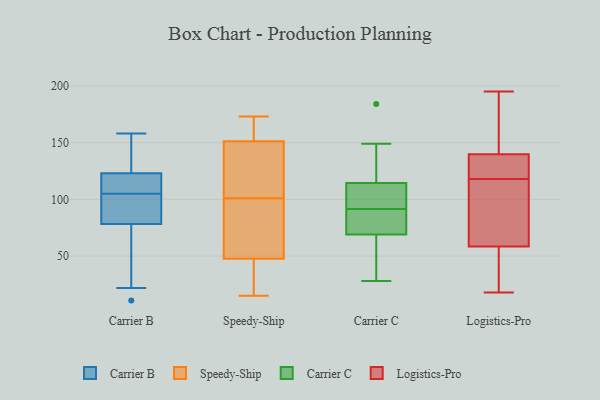
{"axis": {"x": "Conversion Rate (%)", "y": "Value"}, "legend": ["Carrier B", "Carrier C", "Logistics-Pro", "Speedy-Ship"], "data": [{"x": "", "y": 103, "type": "Carrier B"}, {"x": "", "y": 96, "type": "Carrier B"}, {"x": "", "y": 155, "type": "Carrier B"}, {"x": "", "y": 89, "type": "Carrier B"}, {"x": "", "y": 22, "type": "Carrier B"}, {"x": "", "y": 147, "type": "Carrier B"}, {"x": "", "y": 118, "type": "Carrier B"}, {"x": "", "y": 50, "type": "Carrier B"}, {"x": "", "y": 122, "type": "Carrier B"}, {"x": "", "y": 84, "type": "Carrier B"}, {"x": "", "y": 126, "type": "Carrier B"}, {"x": "", "y": 105, "type": "Carrier B"}, {"x": "", "y": 61, "type": "Carrier B"}, {"x": "", "y": 122, "type": "Carrier B"}, {"x": "", "y": 11, "type": "Carrier B"}, {"x": "", "y": 158, "type": "Carrier B"}, {"x": "", "y": 113, "type": "Carrier B"}, {"x": "", "y": 153, "type": "Speedy-Ship"}, {"x": "", "y": 74, "type": "Speedy-Ship"}, {"x": "", "y": 146, "type": "Speedy-Ship"}, {"x": "", "y": 38, "type": "Speedy-Ship"}, {"x": "", "y": 164, "type": "Speedy-Ship"}, {"x": "", "y": 140, "type": "Speedy-Ship"}, {"x": "", "y": 15, "type": "Speedy-Ship"}, {"x": "", "y": 173, "type": "Speedy-Ship"}, {"x": "", "y": 92, "type": "Speedy-Ship"}, {"x": "", "y": 101, "type": "Speedy-Ship"}, {"x": "", "y": 39, "type": "Speedy-Ship"}, {"x": "", "y": 88, "type": "Carrier C"}, {"x": "", "y": 85, "type": "Carrier C"}, {"x": "", "y": 110, "type": "Carrier C"}, {"x": "", "y": 46, "type": "Carrier C"}, {"x": "", "y": 95, "type": "Carrier C"}, {"x": "", "y": 65, "type": "Carrier C"}, {"x": "", "y": 73, "type": "Carrier C"}, {"x": "", "y": 114, "type": "Carrier C"}, {"x": "", "y": 184, "type": "Carrier C"}, {"x": "", "y": 28, "type": "Carrier C"}, {"x": "", "y": 115, "type": "Carrier C"}, {"x": "", "y": 149, "type": "Carrier C"}, {"x": "", "y": 18, "type": "Logistics-Pro"}, {"x": "", "y": 38, "type": "Logistics-Pro"}, {"x": "", "y": 148, "type": "Logistics-Pro"}, {"x": "", "y": 145, "type": "Logistics-Pro"}, {"x": "", "y": 131, "type": "Logistics-Pro"}, {"x": "", "y": 54, "type": "Logistics-Pro"}, {"x": "", "y": 138, "type": "Logistics-Pro"}, {"x": "", "y": 118, "type": "Logistics-Pro"}, {"x": "", "y": 51, "type": "Logistics-Pro"}, {"x": "", "y": 128, "type": "Logistics-Pro"}, {"x": "", "y": 93, "type": "Logistics-Pro"}, {"x": "", "y": 64, "type": "Logistics-Pro"}, {"x": "", "y": 66, "type": "Logistics-Pro"}, {"x": "", "y": 160, "type": "Logistics-Pro"}, {"x": "", "y": 60, "type": "Logistics-Pro"}, {"x": "", "y": 195, "type": "Logistics-Pro"}, {"x": "", "y": 133, "type": "Logistics-Pro"}]}